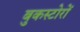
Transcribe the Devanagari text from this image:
बुकस्टोरों